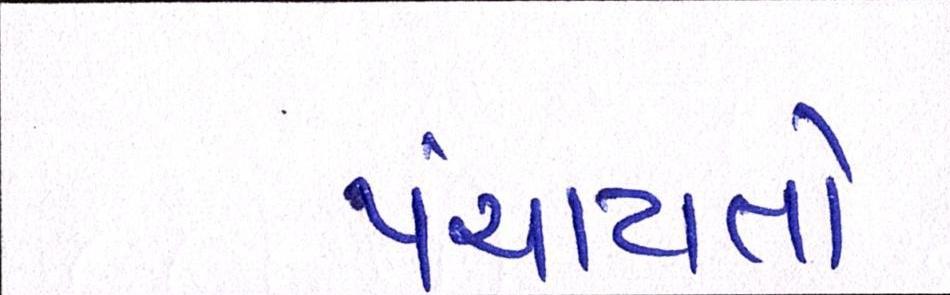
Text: પંચાયતો